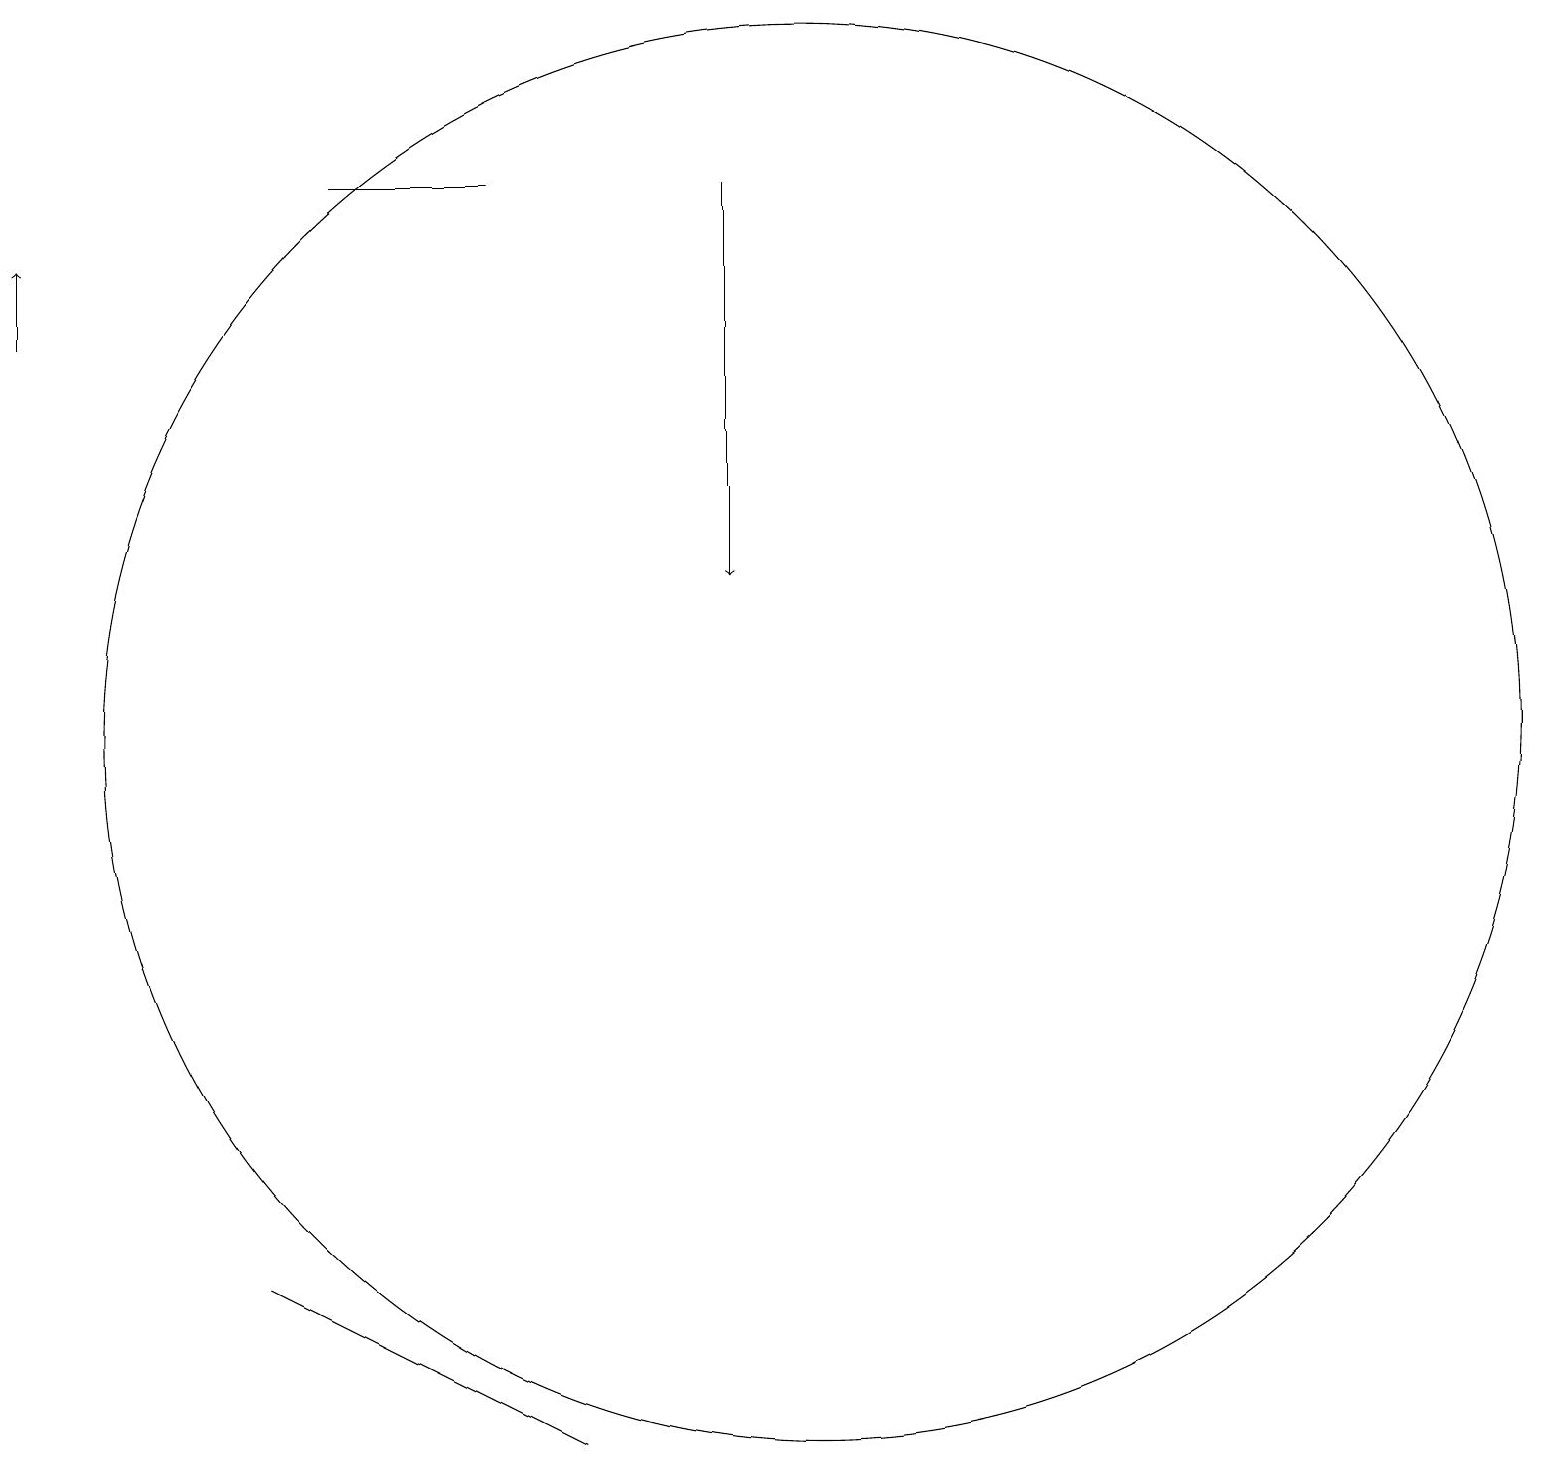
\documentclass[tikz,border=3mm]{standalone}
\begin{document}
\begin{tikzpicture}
\draw (10,10) circle (9);
\draw (7,1) -- (5,2) -- (3,3) -- cycle;
\draw[->] (9,17) -- (9,12);
\draw[->] (0,15) -- (0,16);
\draw (6,17) rectangle (4,17);
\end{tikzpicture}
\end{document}